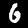
Label: 6